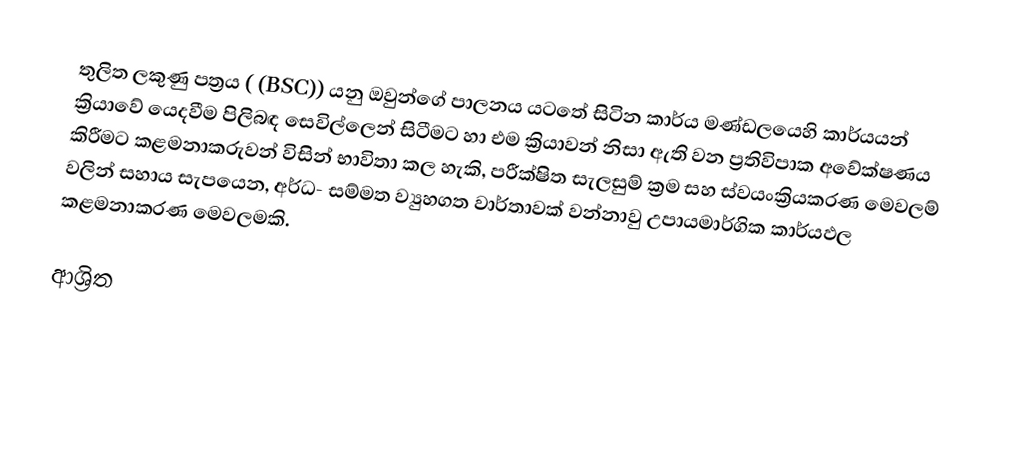
තුලිත ලකුණු පත්‍රය ( (BSC))  යනු ඔවුන්ගේ පාලනය යටතේ සිටින කාර්ය මණ්ඩලයෙහි කාර්යයන් ක්‍රියාවේ යෙදවීම පිලිබඳ සෙවිල්ලෙන් සිටීමට හා එම ක්‍රියාවන් නිසා ඇති වන ප්‍රතිවිපාක අවේක්ෂණය කිරීමට කළමනාකරුවන් විසින් භාවිතා කල හැකි,  පරීක්ෂිත සැලසුම් ක්‍රම සහ ස්වයංක්‍රියකරණ මෙවලම් වලින් සහාය සැපයෙන, අර්ධ- සම්මත ව්‍යුහගත වාර්තාවක් වන්නාවු උපායමාර්ගික   කාර්යඵල කළමනාකරණ මෙවලමකි.

ආශ්‍රිත